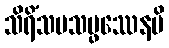
သိရိံသပသမ္ဖဿေနပိ